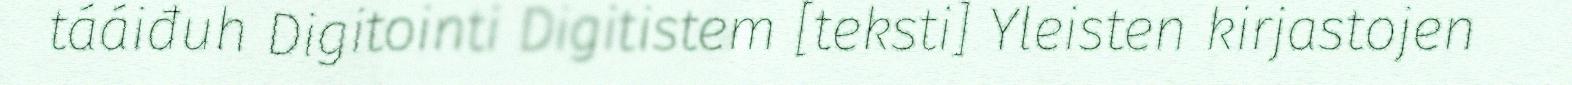
tááiđuh Digitointi Digitistem [teksti] Yleisten kirjastojen